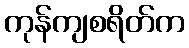
ကုန်ကျစရိတ်က